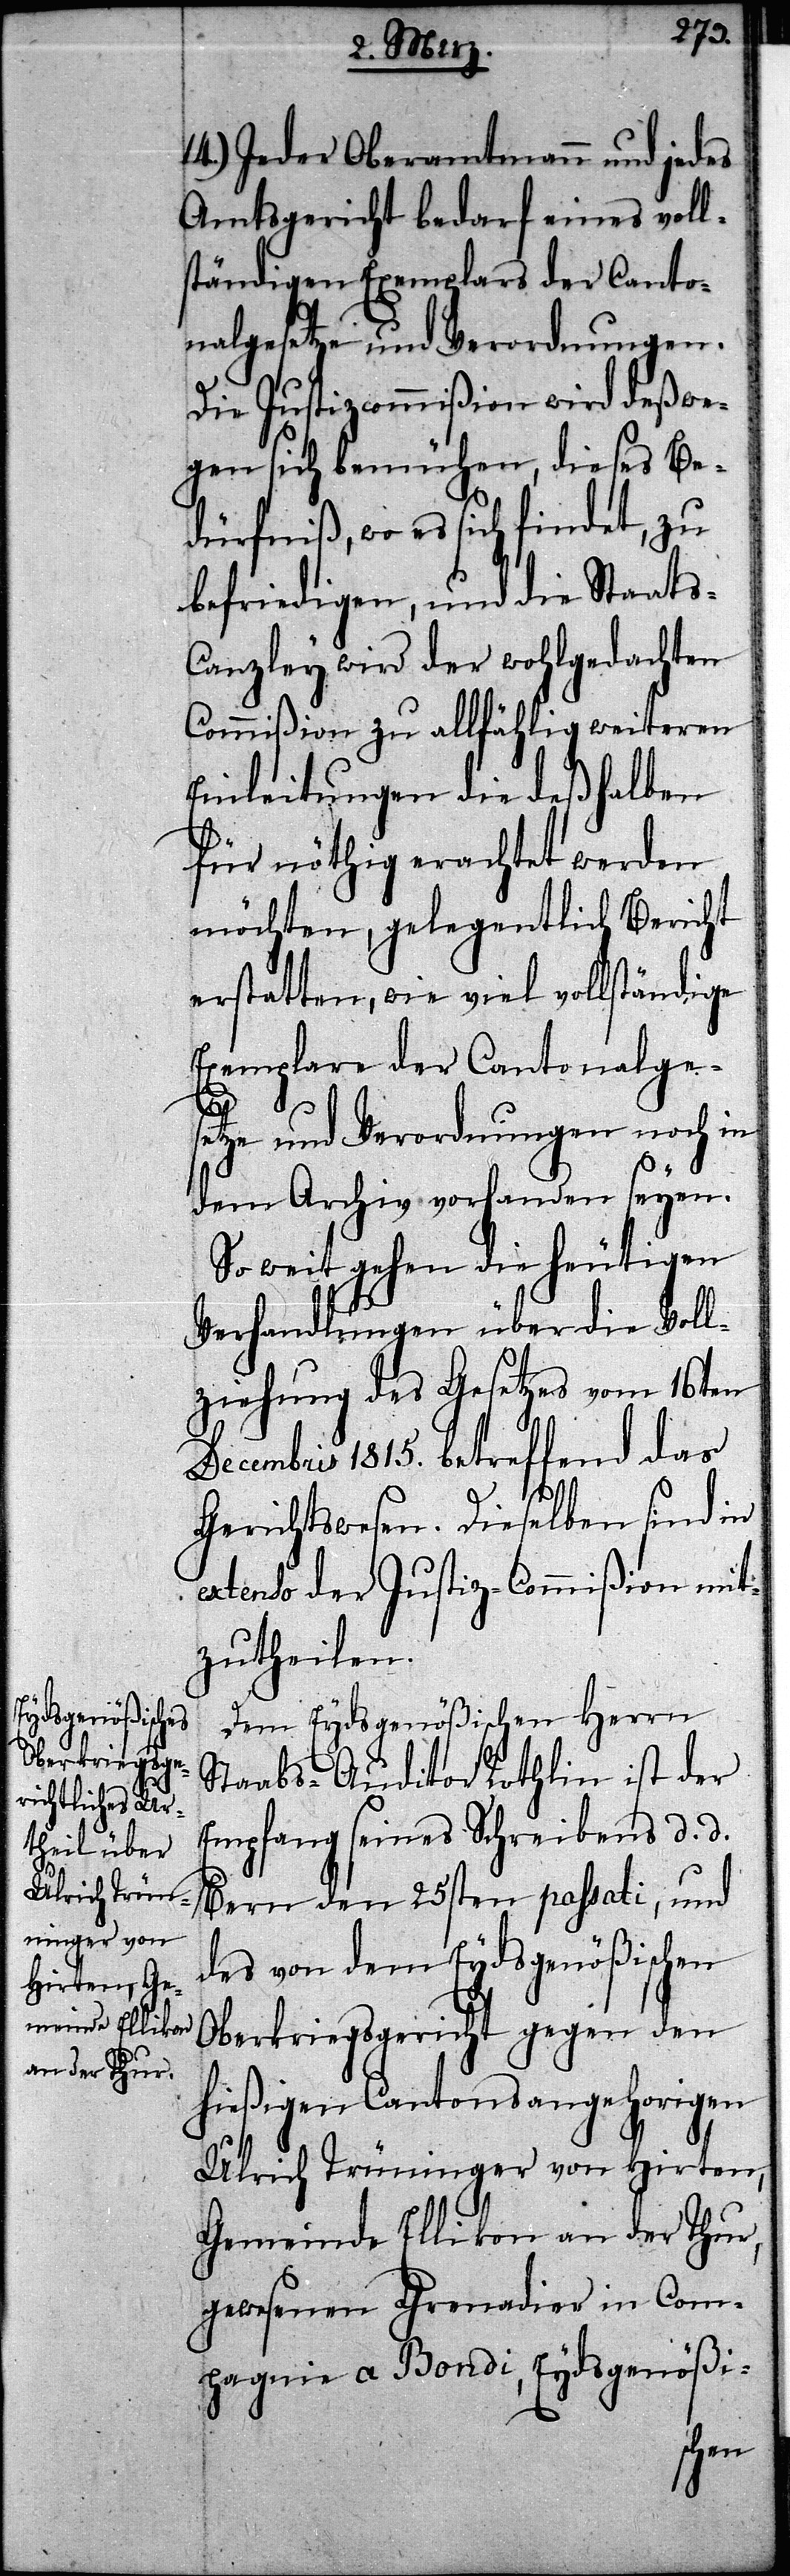
Ulrich Trüni¬
Hirten, Ge¬
meinde Ellikon
an der Thur,

14.) Jeder Oberamtmann und jedes
Amtsgericht bedarf eines voll¬
ständigen Exemplars der Canto¬
nalgesetze und Verordnungen.
die Justizcommißion wird deßwe¬
gen sich bemühen, dieses Be¬
dürfniß, wo es sich findet, zu
befriedigen, und die Staats-C¬
anzley wird der wohlgedachten
Commißion zu allfählig weiteren
Einleitungen die deßhalben
für nöthig erachtet werden
möchten, gelegentlich Bericht
erstatten, wie viel vollständige
Exemplare der Cantonalges¬
etze und Verordnungen noch in
dem Archiv vorhanden seyen.
So weit gehen die heutigen
Verhandlungen über die Voll¬
ziehung des Gesetzes vom 16ten
Decembris 1815. betreffend das
Gerichtswesen. Dieselben sind in
extenso der Justiz-Commißion mit¬
zutheilen.
Dem Eydsgenößischen Herrn
Staabs-Auditor Rothlin ist der
Empfang seines Schreibens d. d.
Bern den 25sten passati, und
des von dem Eydsgenößischen
Oberkriegsgericht gegen den
hießigen Cantonsangehorigen
gewesenen Grenadier in Com¬
pagnie a Bondi, Eydsgenößi-
nger